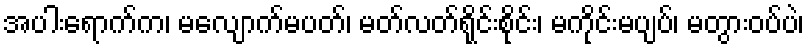
အပါးရောက်က၊ မလျောက်မပတ်၊ မတ်လတ်ရိုင်းစိုင်း၊ မကိုင်းမပျပ်၊ မတွားဝပ်ပဲ၊